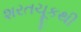
શરતચૂકથી